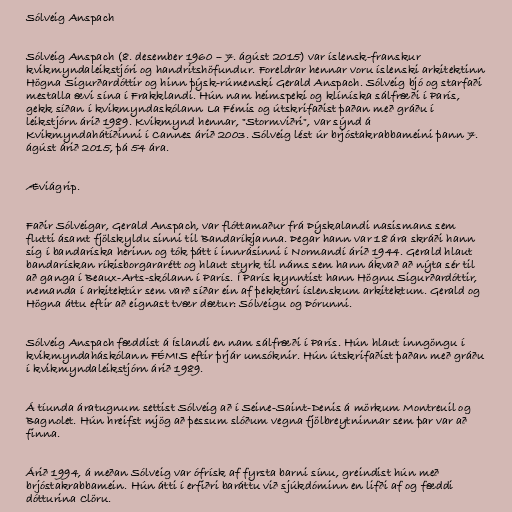
Sólveig Anspach

Sólveig Anspach (8. desember 1960 – 7. ágúst 2015) var íslensk-franskur
kvikmyndaleikstjóri og handritshöfundur. Foreldrar hennar voru íslenski arkitektinn
Högna Sigurðardóttir og hinn þýsk-rúmenski Gerald Anspach. Sólveig bjó og starfaði
mestalla ævi sína í Frakklandi. Hún nam heimspeki og klíníska sálfræði í París,
gekk síðan í kvikmyndaskólann La Fémis og útskrifaðist þaðan með gráðu í
leikstjórn árið 1989. Kvikmynd hennar, "Stormviðri", var sýnd á
Kvikmyndahátíðinni í Cannes árið 2003. Sólveig lést úr brjóstakrabbameini þann 7.
ágúst árið 2015, þá 54 ára.

Æviágrip.

Faðir Sólveigar, Gerald Anspach, var flóttamaður frá Þýskalandi nasismans sem
flutti ásamt fjölskyldu sinni til Bandaríkjanna. Þegar hann var 18 ára skráði hann
sig í bandaríska herinn og tók þátt í innrásinni í Normandí árið 1944. Gerald hlaut
bandarískan ríkisborgararétt og hlaut styrk til náms sem hann ákvað að nýta sér til
að ganga í Beaux-Arts-skólann í París. Í París kynntist hann Högnu Sigurðardóttir,
nemanda í arkitektúr sem varð síðar ein af þekktari íslenskum arkitektum. Gerald og
Högna áttu eftir að eignast tvær dætur: Sólveigu og Þórunni.

Sólveig Anspach fæddist á Íslandi en nam sálfræði í París. Hún hlaut inngöngu í
kvikmyndaháskólann FÉMIS eftir þrjár umsóknir. Hún útskrifaðist þaðan með gráðu
í kvikmyndaleikstjórn árið 1989.

Á tíunda áratugnum settist Sólveig að í Seine-Saint-Denis á mörkum Montreuil og
Bagnolet. Hún hreifst mjög að þessum slóðum vegna fjölbreytninnar sem þar var að
finna.

Árið 1994, á meðan Sólveig var ófrísk af fyrsta barni sínu, greindist hún með
brjóstakrabbamein. Hún átti í erfiðri baráttu við sjúkdóminn en lifði af og fæddi
dótturina Clöru.